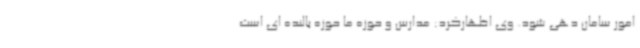
امور سامان دهی شود. وی اظهارکرد: مدارس و حوزه ما حوزه بالنده ای است